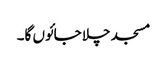
مسجد چلا جائوں گا۔